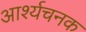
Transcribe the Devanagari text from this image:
आर्श्यचनक